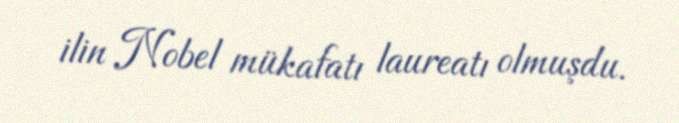
ilin Nobel mükafatı laureatı olmuşdu.